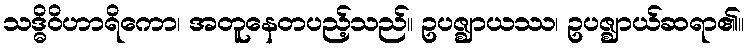
သဒ္ဓိဝိဟာရိကော၊ အတူနေတပည့်သည်။ ဥပဇ္ဈာယဿ၊ ဥပဇ္ဈာယ်ဆရာ၏။